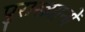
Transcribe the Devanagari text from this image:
पुराख्यानों